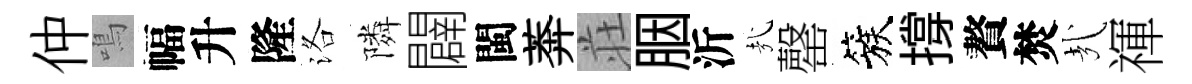
仲鳴幅升隆洛隣闢閩莾荘胭沂㢤罄簇撐贅焚㢤禈